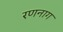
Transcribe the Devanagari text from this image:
रणनाग